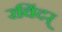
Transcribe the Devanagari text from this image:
रविंदर्